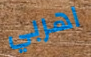
اهربي